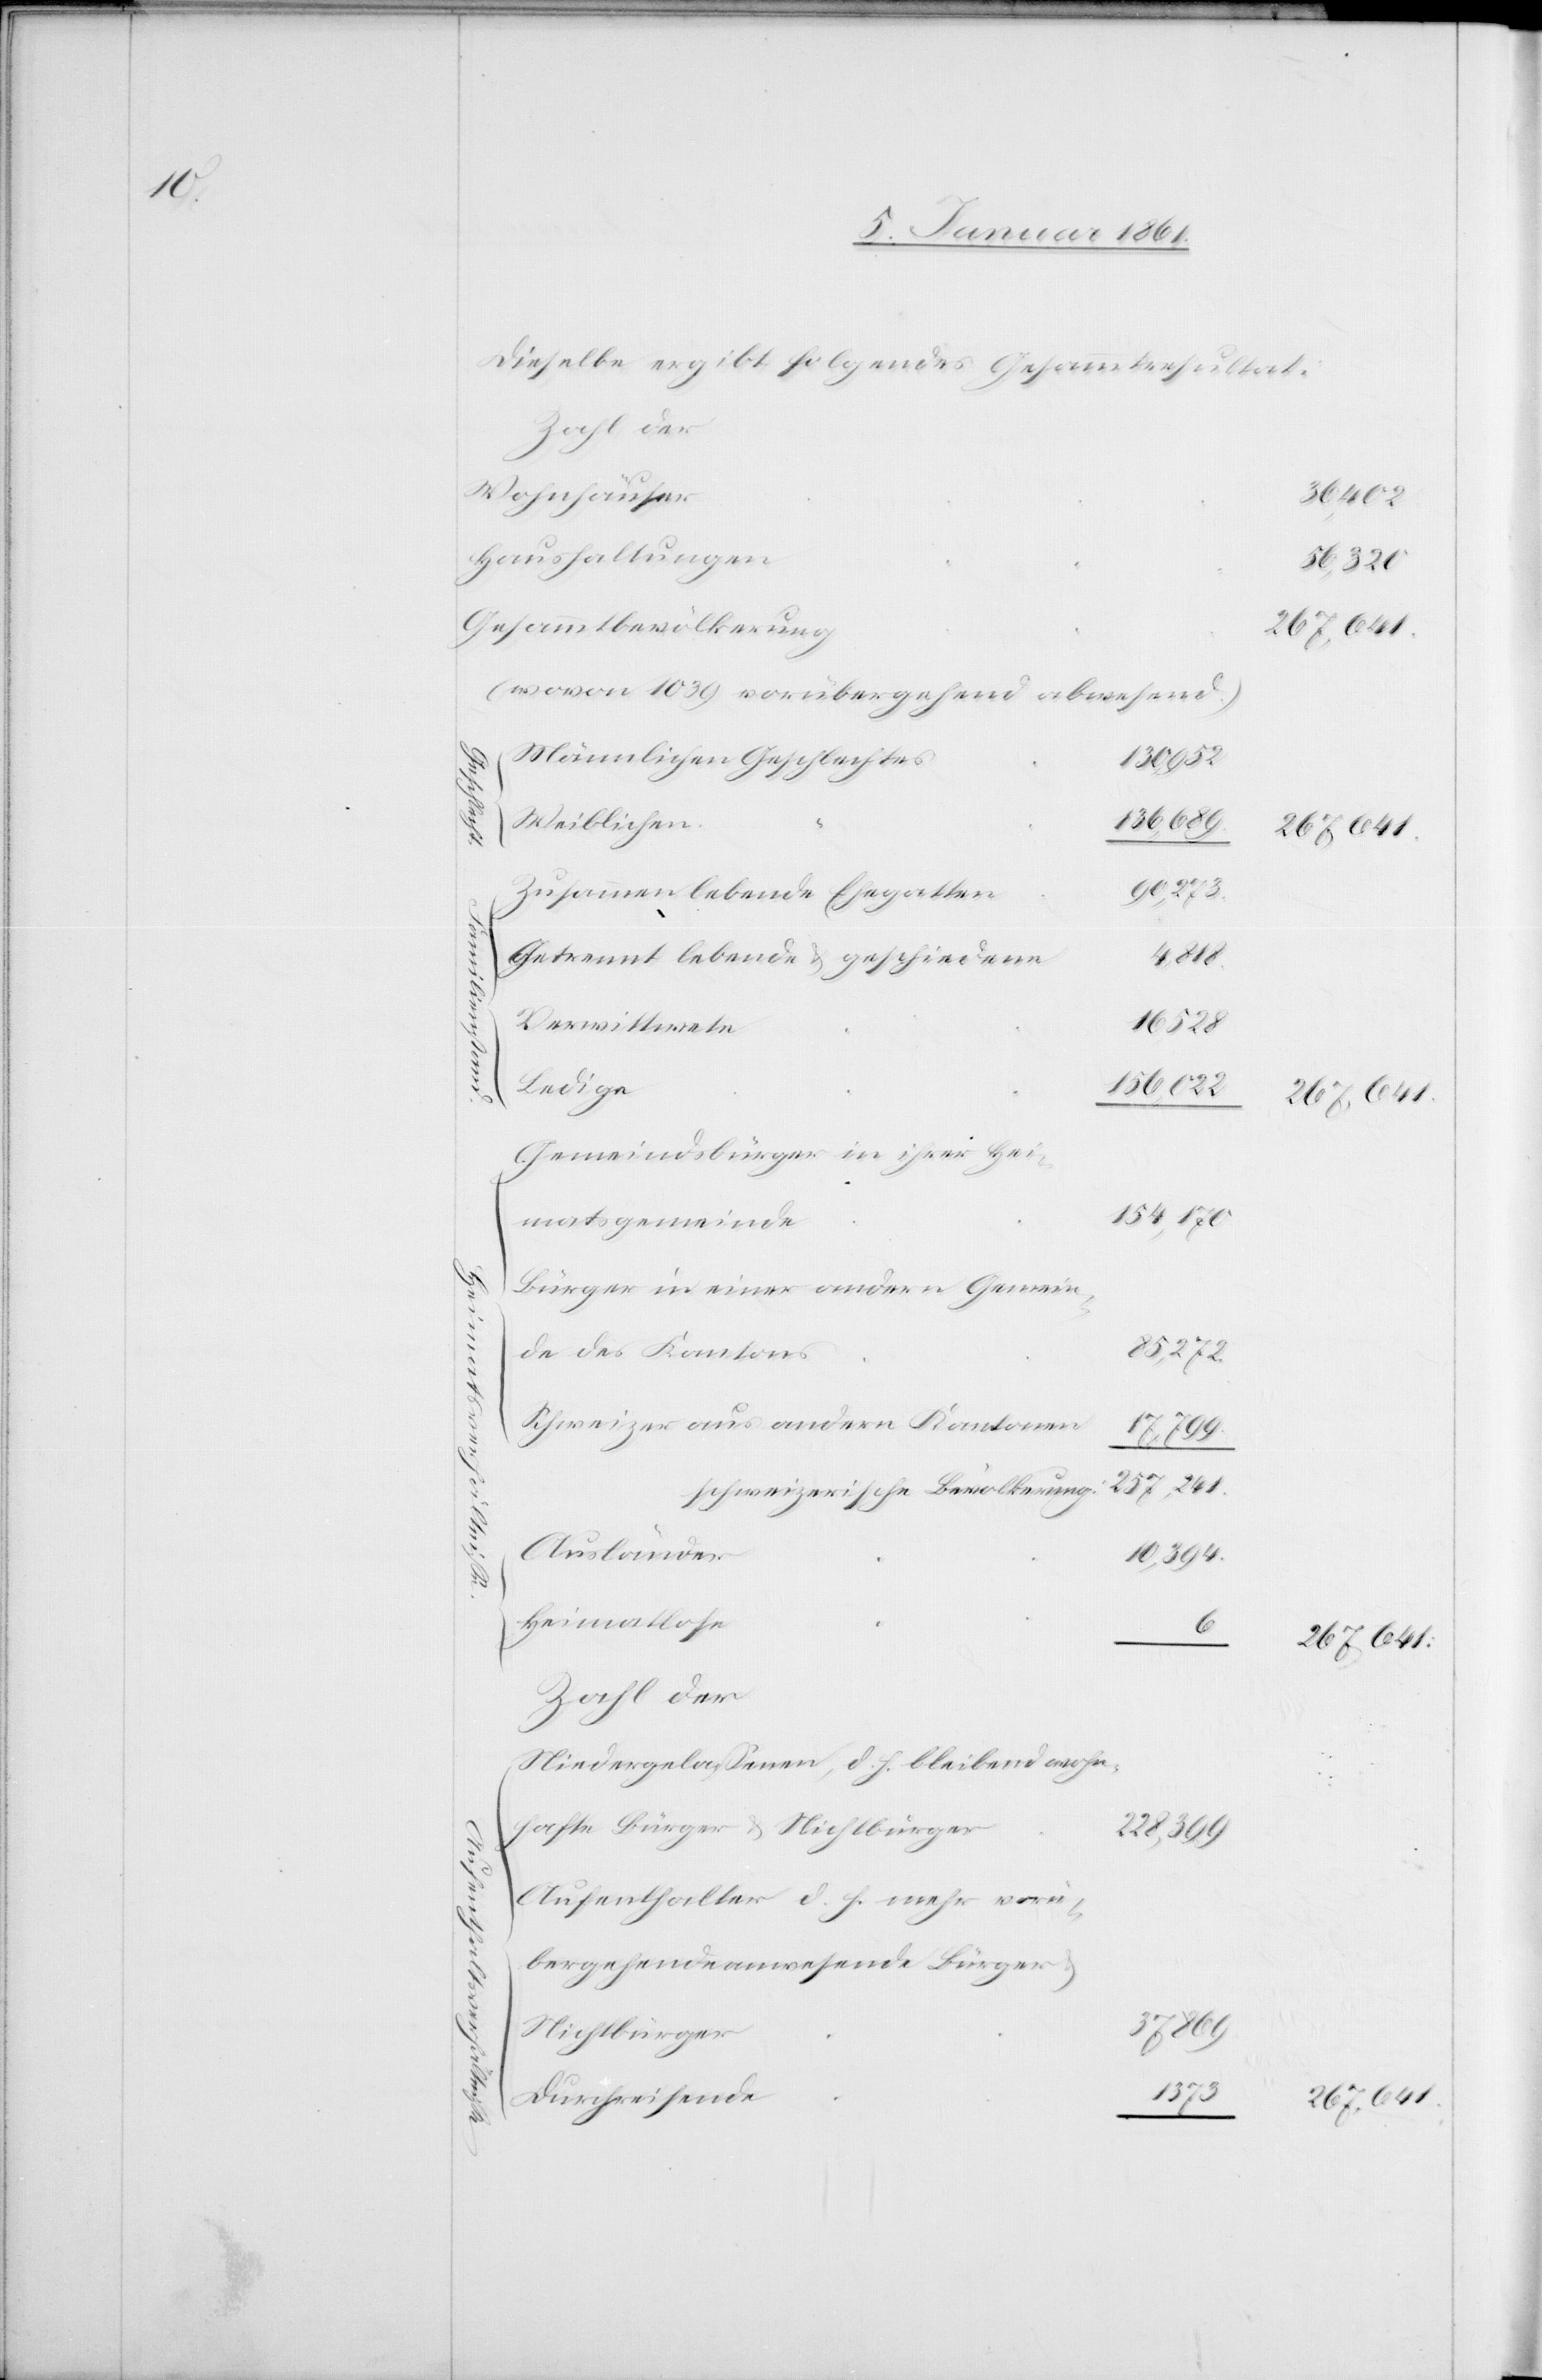
Dieselbe ergibt folgendes Gesammtresultat.
Zahl der
Wohnhäuser
36,402
Haushaltungen
56,320
Gesammtbevölkerung
(wovon 1039 vorübergehend abwesend)
männlichen Geschlechts
weiblichen
136,689
90,273
Zusammenlebende Ehegatten
Getrennt lebende u. geschiedene
4,818
Verwittwete
1373
Ledige
156,022
Gemeindebürger in ihrer Hei¬
154,170
matsgemeinde
Bürger in einer andern Gemein¬
de des Kantons
85,272
Schweizer aus andern Kantonen
17,799
257,241
schweizerische Bevölkerung
Ausländer
10,394
Heimatlose
u.
Zahl der
Niedergelassenen, d. h. bleibend wohn¬
hafte Bürger u. Nichtbürger
228,399
Aufenthalter d. h. mehr vorü¬
bergehende anwesende Bürger
Geschlecht
Nichtbürger
Durchreisende
267,641